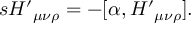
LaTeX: s { H ^ { \prime } } _ { \mu \nu \rho } = - [ \alpha , { H ^ { \prime } } _ { \mu \nu \rho } ] .